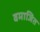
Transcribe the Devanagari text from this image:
वमाजित